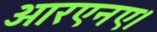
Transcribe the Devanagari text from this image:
आरएनए।